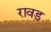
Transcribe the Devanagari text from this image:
रावड़